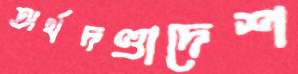
অর্থদণ্ডাদেশ